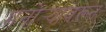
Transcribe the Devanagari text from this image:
मनोर्‍यावरून